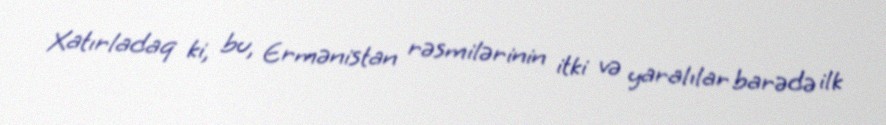
Xatırladaq ki, bu, Ermənistan rəsmilərinin itki və yaralılar barədə ilk